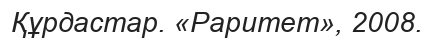
Құрдастар. «Раритет», 2008.